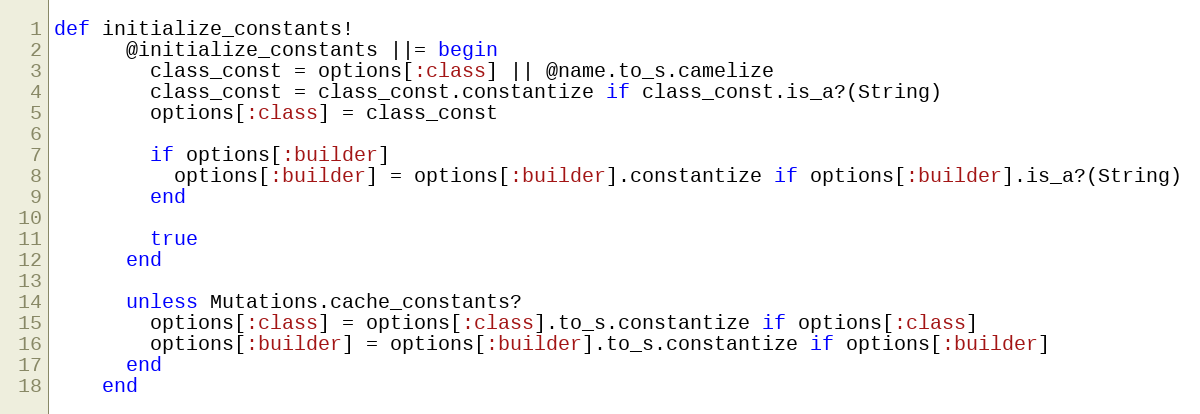
Language: Ruby
def initialize_constants!
      @initialize_constants ||= begin
        class_const = options[:class] || @name.to_s.camelize
        class_const = class_const.constantize if class_const.is_a?(String)
        options[:class] = class_const

        if options[:builder]
          options[:builder] = options[:builder].constantize if options[:builder].is_a?(String)
        end

        true
      end

      unless Mutations.cache_constants?
        options[:class] = options[:class].to_s.constantize if options[:class]
        options[:builder] = options[:builder].to_s.constantize if options[:builder]
      end
    end